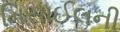
મિસાઈલની